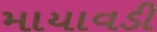
માયાવડી